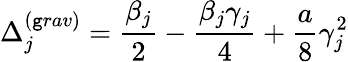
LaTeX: \Delta_{j}^{(\mathtt{g}rav)}=\frac{{\beta_{j}}}{{2}}-\frac{{\beta_{j}\gamma_{j}}}{{4}}+\frac{{a}}{{8}}\gamma_{j}^{2}